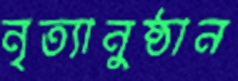
নৃত্যানুষ্ঠান